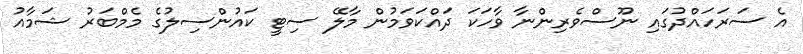
އެ ސަރަހައްދުގައި ނޫސްވެރިންނާ ވާހަކަ ދައްކަވަމުން މާލޭ ސިޓީ ކައުންސިލުގެ މެމްބަރު ޝަމާއު